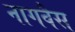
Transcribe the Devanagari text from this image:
नागवैस